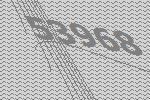
53968